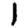
Digit: 1